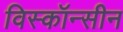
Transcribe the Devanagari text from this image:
विस्कॉन्सीन